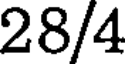
28/4